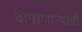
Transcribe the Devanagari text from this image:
वापरणार्‍यांची